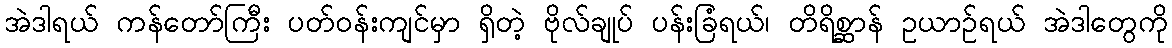
အဲဒါရယ် ကန်တော်ကြီး ပတ်ဝန်းကျင်မှာ ရှိတဲ့ ဗိုလ်ချုပ် ပန်းခြံရယ်၊ တိရိစ္ဆာန် ဥယာဉ်ရယ် အဲဒါတွေကို